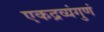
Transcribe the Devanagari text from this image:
एकद्रव्यंगुणं